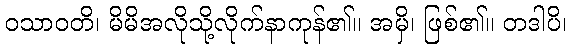
ဝသာဝတိ၊ မိမိအလိုသို့လိုက်နာကုန်၏။ အမှိ၊ ဖြစ်၏။ တဒါပိ၊